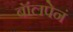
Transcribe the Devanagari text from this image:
बॉलपेनं